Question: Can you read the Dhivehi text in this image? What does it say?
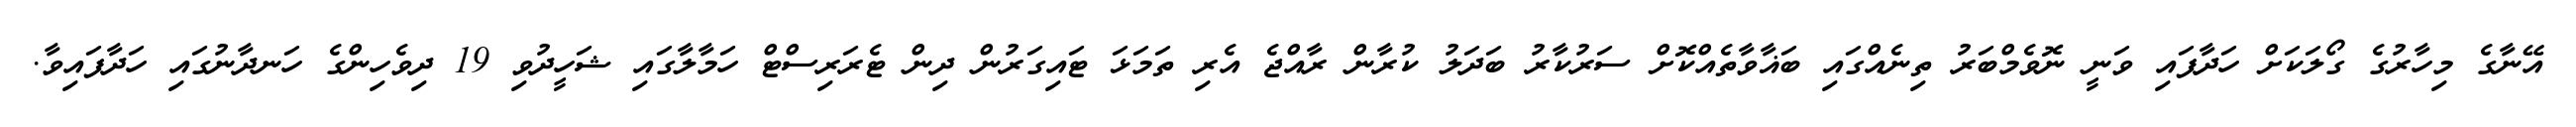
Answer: އޭނާގެ މިހާރުގެ ގޯލަކަށް ހަދާފައި ވަނީ ނޮވެމްބަރު ތިނެއްގައި ބަޣާވާތެއްކޮށް ސަރުކާރު ބަދަލު ކުރާން ރާއްޖެ އެރި ތަމަޅަ ޓައިގަރުން ދިން ޓެރަރިސްޓް ހަމާލާގައި ޝަހީދުވި 19 ދިވެހިންގެ ހަނދާނުގައި ހަދާފައިވާ.